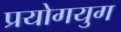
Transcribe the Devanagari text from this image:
प्रयोगयुग